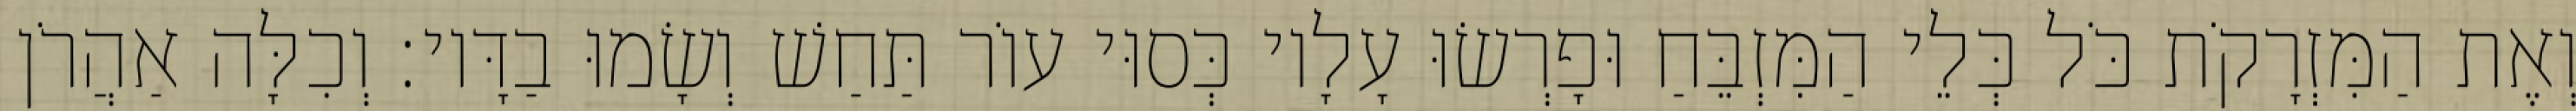
וְאֶת הַמִּזְרָקֹת כֹּל כְּלֵי הַמִּזְבֵּחַ וּפָרְשׂוּ עָלָיו כְּסוּי עוֹר תַּחַשׁ וְשָׂמוּ בַדָּיו׃ וְכִלָּה אַהֲרֹן